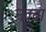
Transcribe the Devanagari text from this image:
नक्बा